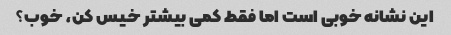
این نشانه خوبی است اما فقط کمی بیشتر خیس کن، خوب؟